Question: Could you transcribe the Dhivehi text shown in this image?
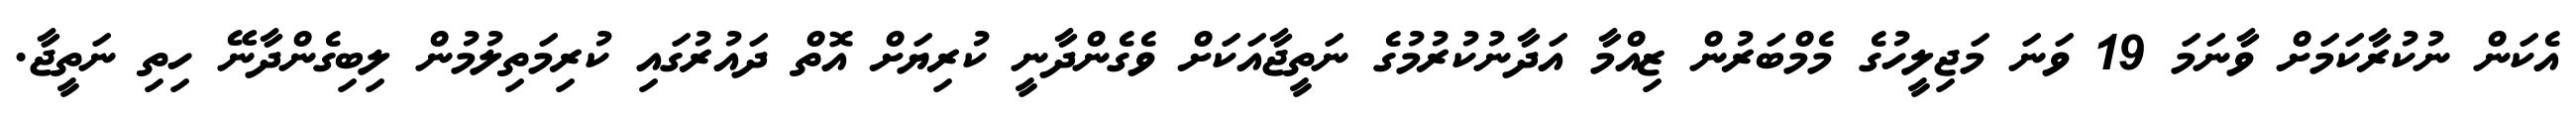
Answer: އެކަން ނުކުރާކަމަށް ވާނަމަ 19 ވަނަ މަޖިލީހުގެ މެމްބަރުން ޒިއްމާ އަދާނުކުރުމުގެ ނަތީޖާއަކަށް ވެގެންދާނީ ކުރިޔަށް އޮތް ދައުރުގައި ކުރިމަތިލުމުން ލިބިގެންދާނޭ ހިތި ނަތީޖާ.